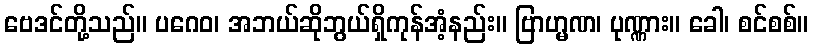
ဗေဒင်တို့သည်။ ပဂေဝ၊ အဘယ်ဆိုဘွယ်ရှိကုန်အံ့နည်း။ ဗြာဟ္မဏ၊ ပုဏ္ဏား။ ခေါ၊ စင်စစ်။